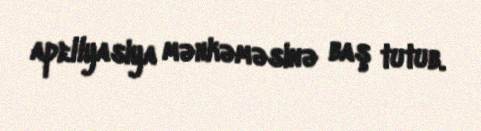
apellyasiya məhkəməsinə baş tutub.